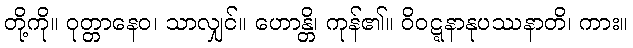
တို့ကို။ ဝုတ္တာနေဝ၊ သာလျှင်။ ဟောန္တိ၊ ကုန်၏။ ဝိဝဋ္ဋနာနုပဿနာတိ၊ ကား။